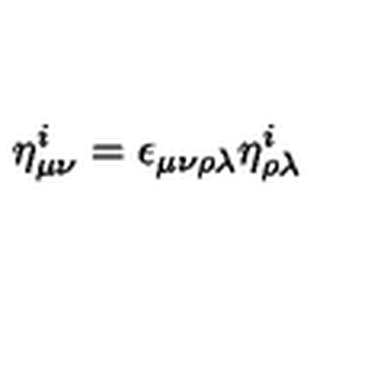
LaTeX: \eta _ { \mu \nu } ^ { i } = \epsilon _ { \mu \nu \rho \lambda } \eta _ { \rho \lambda } ^ { i }